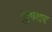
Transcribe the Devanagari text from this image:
तुगदर